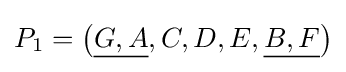
P_{1}=\left({\underline {G,A}},C,D,E,{\underline {B,F}}\right)